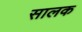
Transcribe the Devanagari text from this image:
सालक